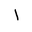
Letter: _alif